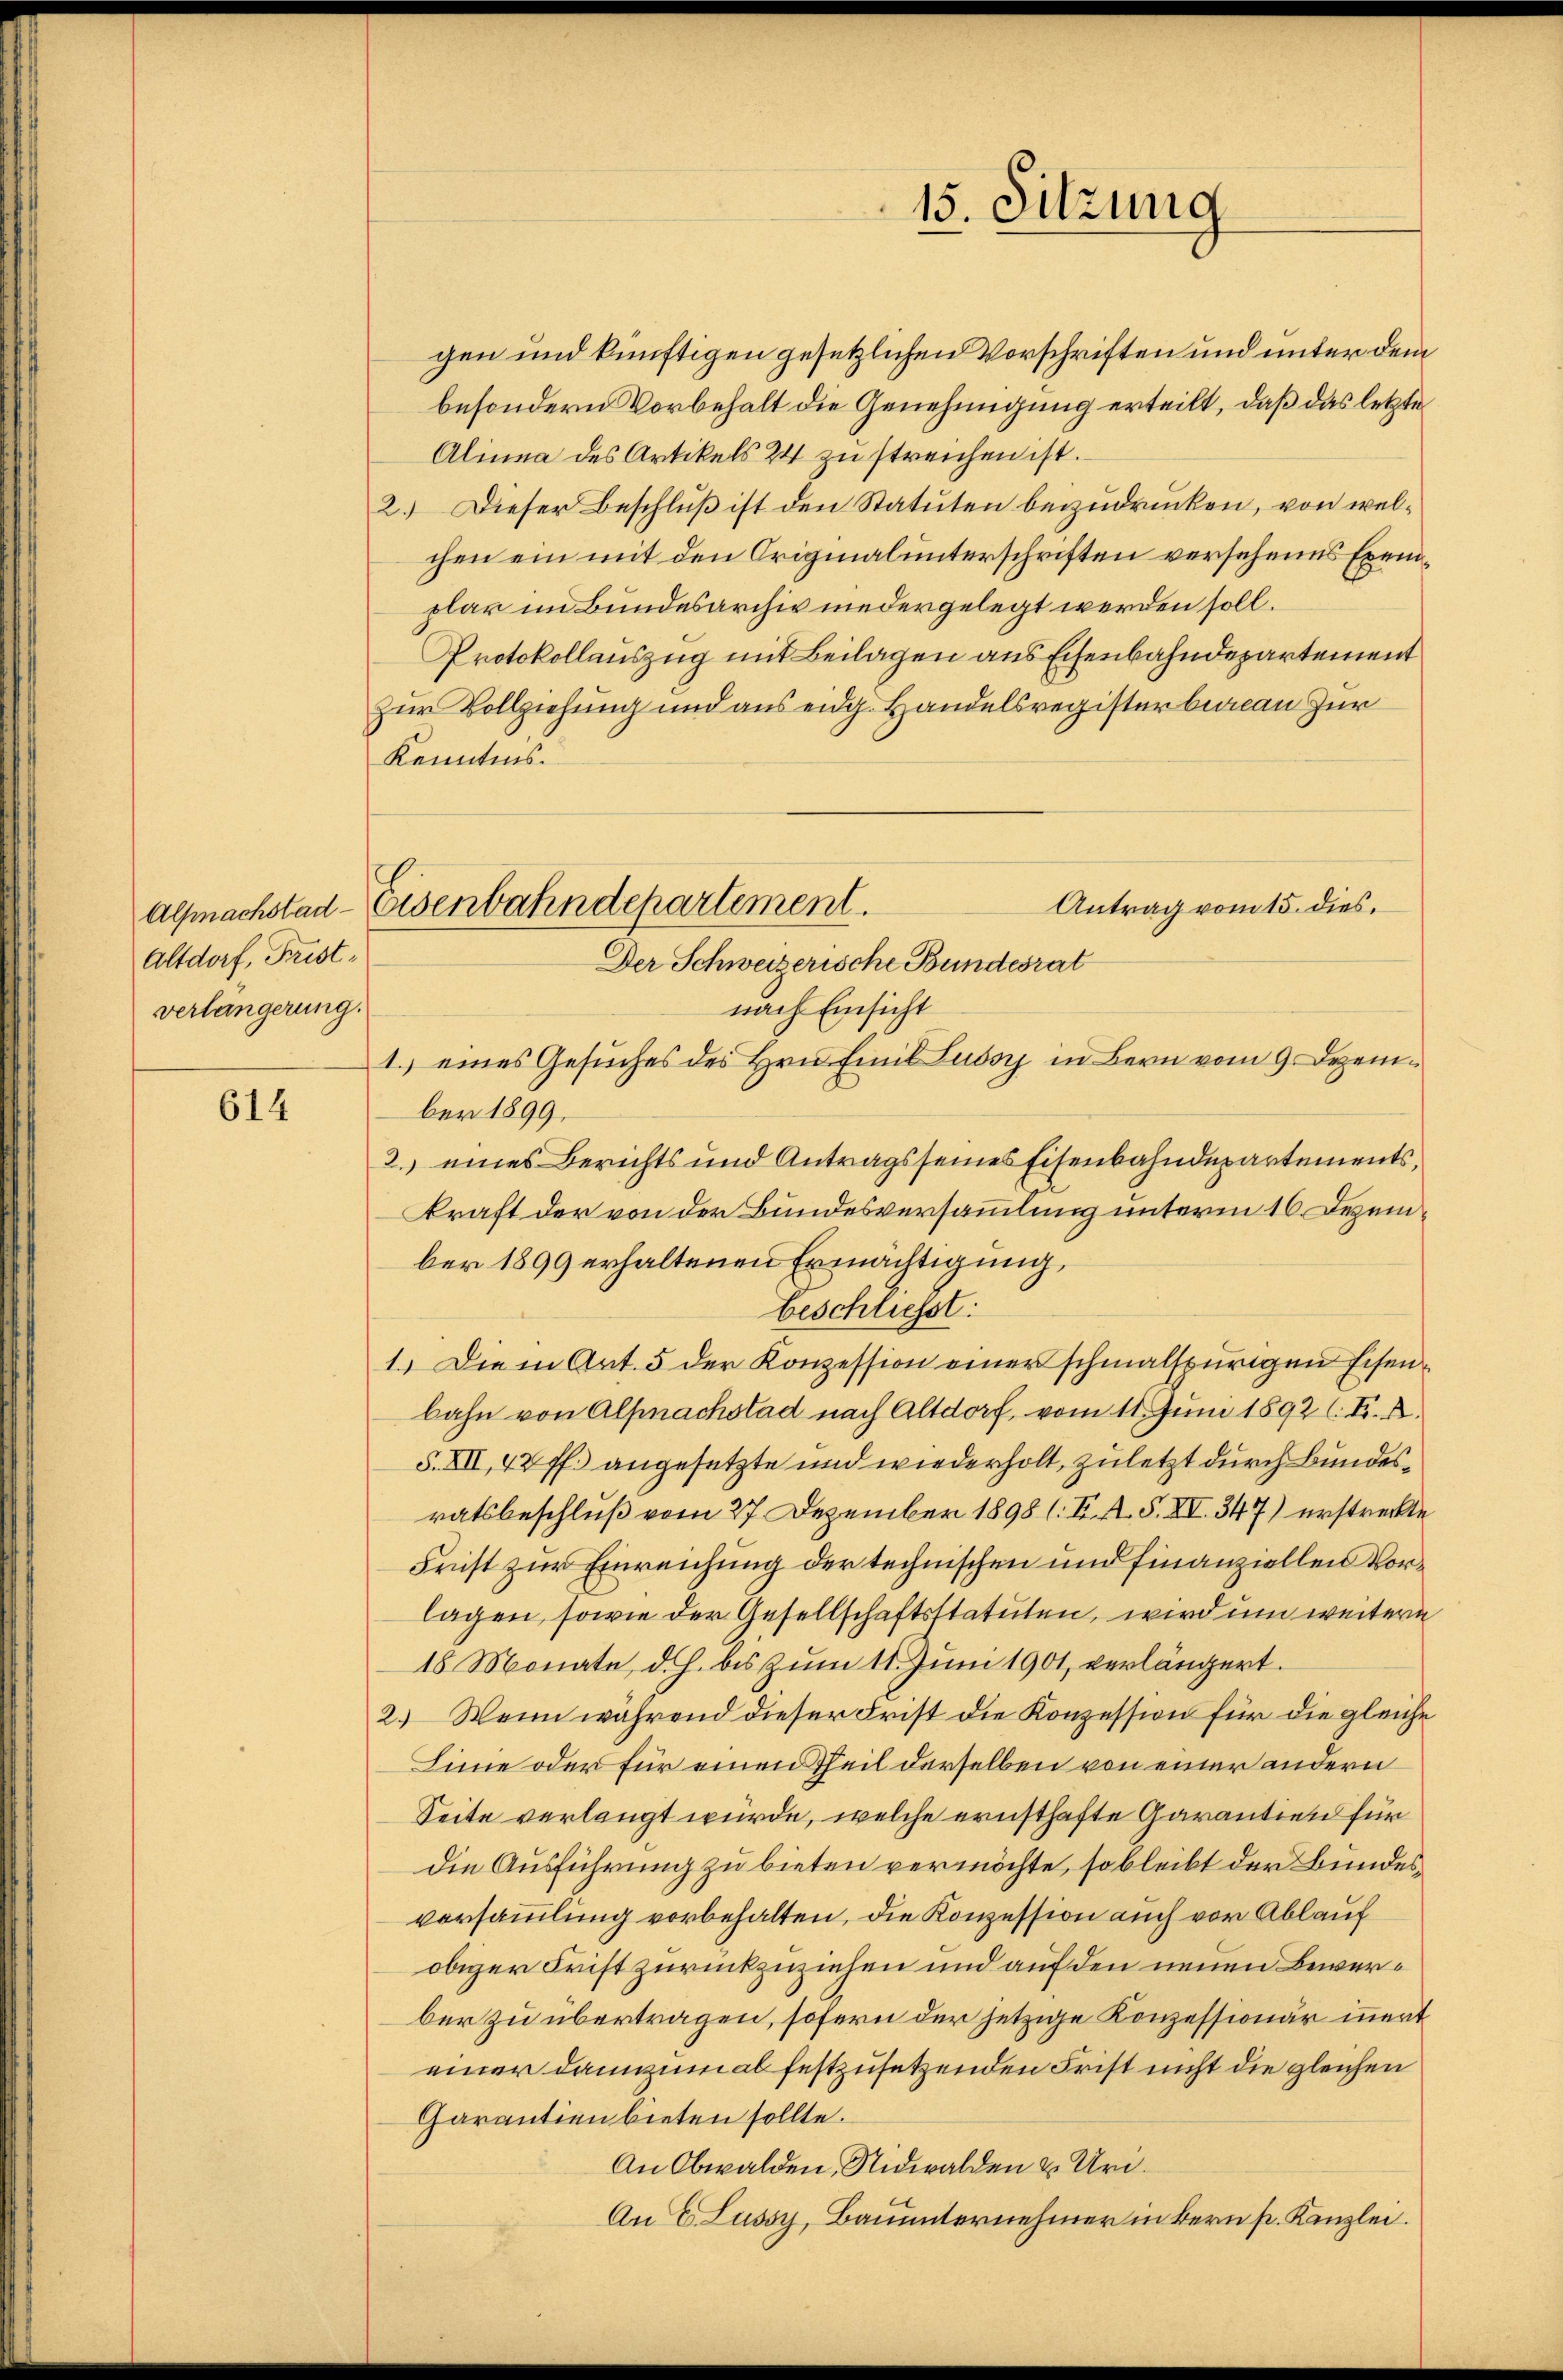
Altdorf, Fristverlängerung.

614

gen und künftigen gesetzlichen Vorschriften und unter dem
besondern Vorbehalt die Genehmigung erteilt, daß das letzte
Alinna des Artikels 24 zu streichen ist.
2. Dieser Beschluß ist den Statuten beizudrucken, von welchen ein mit den Originalunterschriften versehenes Exemplar im Bundesarchiv niedergelegt werden soll.
Protokollauszug mit Beilagen aus Eisenbahndepartement
Zur Vollziehung und aus eidg. Handelsregisterbeveau zur
Kenntnis.
Antrag vom 15. dies.
Der Schweizerische Bundesrat
nach Einsicht
1.) eines Gesuches des Hrn. Einit Ludor in Bern vom 9. Dezember 1899,
2. eines Berichts und Antrags seines Eisenbahndepartements,
kraft der von der Bundesversammlung unterm 16. Dezember 1899 erhaltenen Ermächtigung,
beschliesst:
1.) Die in Art. 5 der Konzession einer schmalspurigen Eisenbahn von Alfnachstad nach Altdorf, vom 11. Juni 1892 l. Fr. K.
S. XII, 42 ff.) angesetzte und wiederholt, zuletzt durch Bundesratsbeschluß vom 27. Dezember 1898 (: F. A. S. XI. 347) erstreckte
Frist zur Einreichung der technischen und finanziellen Vorlagen, sowie der Gesellschaftsstatuten, wird um weitern
18 Monate, d. h. bis zum 11. Juni 1901, verlängert.
2.) Wenn während dieser Frist die Konzession für die gleiche
Linie oder für einen Theil derselben von einer andern
Seite verlangt würde, welche ernsthafte Garantien für
die Ausführung zu bieten vermöchte, so bleibt der Bundesvorsammlung vorbehalten, die Konzession auch vor Ablauf
obiger Frist zurückzuziehen und auf den neuen Bewerber zu übertragen, sofern der jetzige Konzessionär innert
einer dannzumal festzusetzenden Frist nicht die gleichen
Garantien bieten sollte.
An Obwalden, Nidwalden u. Uri¬
An ELussy, Bauunternehmer in Bern pr. Kanzlei.

Alfmachstad-Eisenbahndepartement.

15. Sitzung